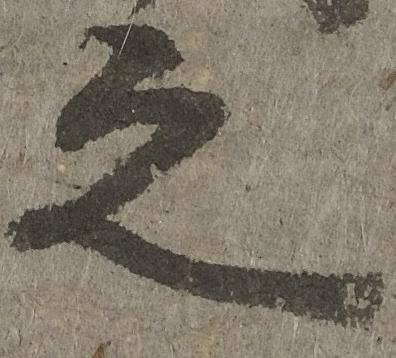
之